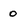
Character: 0